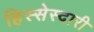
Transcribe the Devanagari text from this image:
हिस्सेस्दारी